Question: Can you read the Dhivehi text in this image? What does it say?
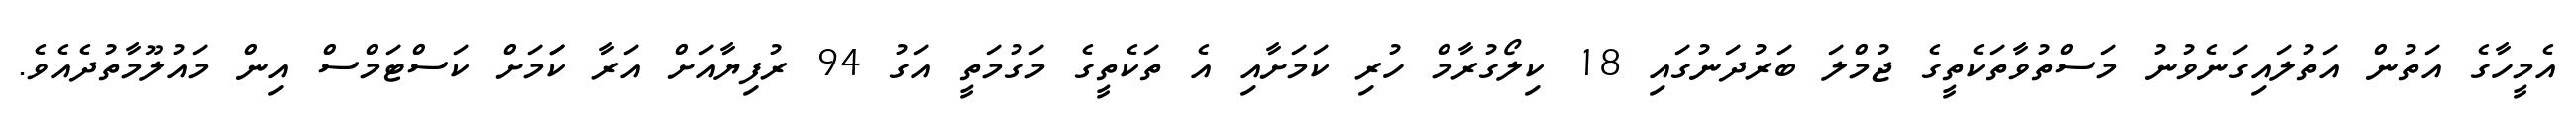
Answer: އެމީހާގެ އަތުން އަތުލައިގަނެވުނު މަސްތުވާތަކެތީގެ ޖުމްލަ ބަރުދަނުގައި 18 ކިލޯގުރާމް ހުރި ކަމަށާއި އެ ތަކެތީގެ މަގުމަތީ އަގު 94 ރުފިޔާއަށް އަރާ ކަަމަށް ކަސްޓަމްސް އިން މައުލޫމާތުދެއެވެ.